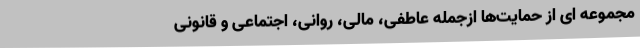
مجموعه ای از حمایت‌ها ازجمله عاطفی، مالی، روانی، اجتماعی و قانونی